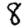
Digit: 8